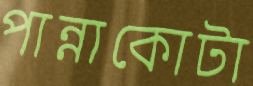
পান্নাকোটা